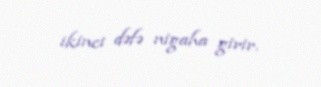
ikinci dəfə nigaha girir.